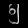
Digit: ၅